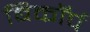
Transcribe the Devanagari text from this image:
बिकॉर्प